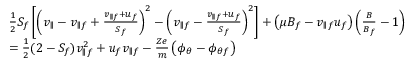
\begin{array} { r l } & { \frac { 1 } { 2 } S _ { f } \left[ \left( v _ { \parallel } - v _ { \parallel f } + \frac { v _ { \parallel f } + u _ { f } } { S _ { f } } \right) ^ { 2 } - \left( v _ { \parallel f } - \frac { v _ { \parallel f } + u _ { f } } { S _ { f } } \right) ^ { 2 } \right] + \left( \mu B _ { f } - v _ { \parallel f } u _ { f } \right) \left( \frac { B } { B _ { f } } - 1 \right) } \\ & { = \frac { 1 } { 2 } ( 2 - S _ { f } ) v _ { \parallel f } ^ { 2 } + u _ { f } v _ { \parallel f } - \frac { Z e } { m } \left( \phi _ { \theta } - \phi _ { \theta f } \right) } \end{array}